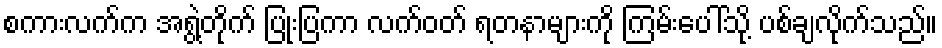
စကားလက်က အရွဲ့တိုက် ပြုံးပြကာ လက်ဝတ် ရတနာများကို ကြမ်းပေါ်သို့ ပစ်ချလိုက်သည်။